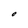
Character: O